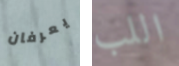
يعرفان اللب